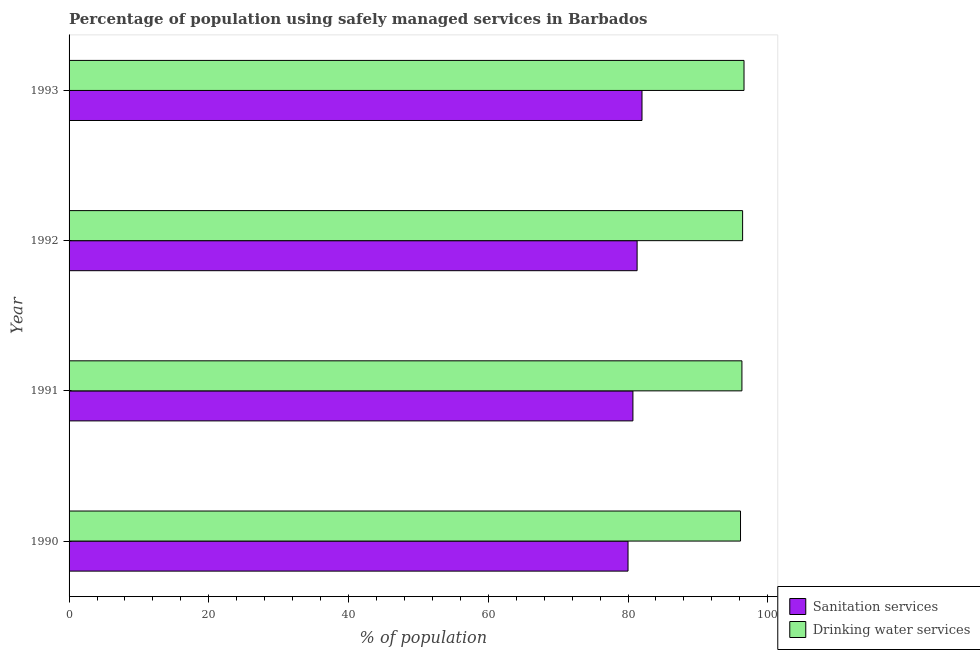
| Year | Sanitation services | Drinking water services |
 | --- | --- | --- |
 | 1990 | 80 | 96.1 |
 | 1991 | 80.7 | 96.3 |
 | 1992 | 81.3 | 96.4 |
 | 1993 | 82 | 96.6 |